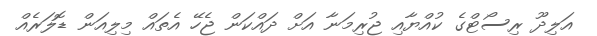
އަލިދޫ ރިސޯޓްގެ ކުއްޔާއި ޖުރިމަނާ އަށް ދައްކަން ޖެހޭ އެތައް މިލިއަން ޑޮލަރެއް